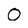
Character: 0